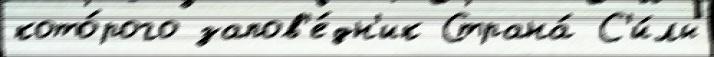
кото́рого запов'е́дн'ик Страна́ С'и́лы